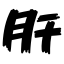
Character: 肝